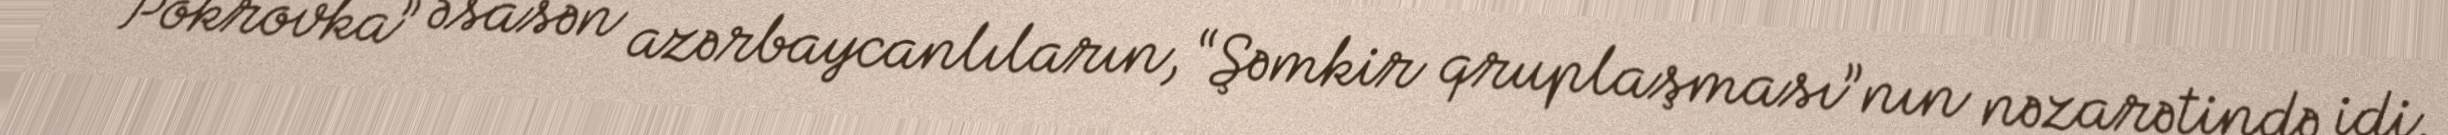
“Pokrovka” əsasən azərbaycanlıların, “Şəmkir qruplaşması”nın nəzarətində idi.